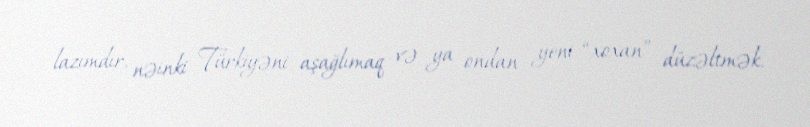
lazımdır, nəinki Türkiyəni aşağlımaq və ya ondan yeni “xoxan” düzəltmək.